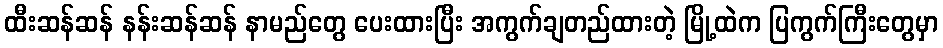
ထီးဆန်ဆန် နန်းဆန်ဆန် နာမည်တွေ ပေးထားပြီး အကွက်ချတည်ထားတဲ့ မြို့ထဲက ပြကွက်ကြီးတွေမှာ